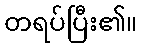
တရပ်ပြီး၏။